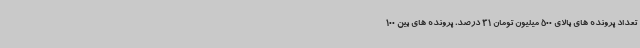
تعداد پرونده های بالای 500 میلیون تومان 31 درصد، پرونده های بین 100